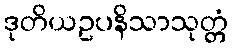
ဒုတိယဥပနိသာသုတ္တံ